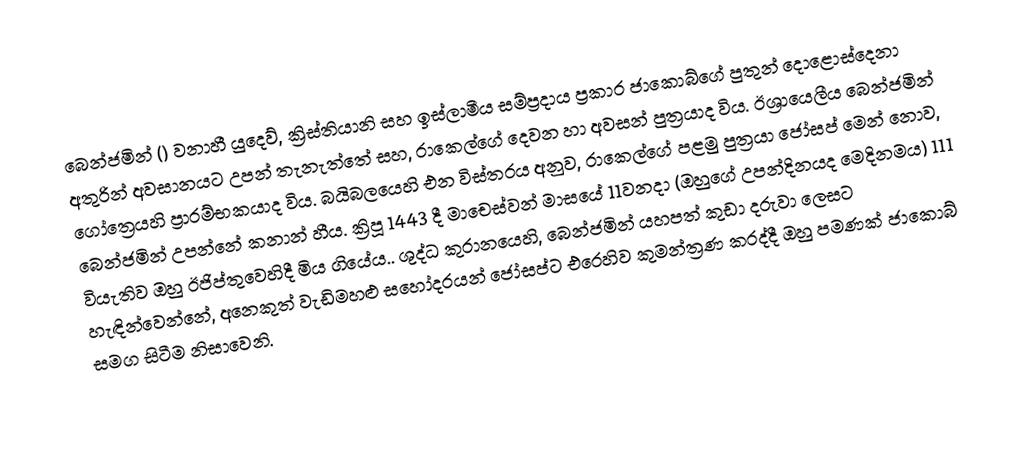
බෙන්ජමින් () වනාහී යුදෙව්, ක්‍රිස්තියානි සහ ඉස්ලාමීය සම්ප්‍රදාය ප්‍රකාර ජාකොබ්ගේ පුතුන් දොළොස්දෙනා අතුරින්  අවසානයට උපන් තැනැත්තේ සහ, රාකෙල්ගේ  දෙවන හා අවසන්  පුත්‍රයාද විය. ඊශ්‍රායෙලීය  බෙන්ජමින් ගෝත්‍රෙයහි ප්‍රාරම්භකයාද විය. බයිබලයෙහි එන විස්තරය අනුව, රාකෙල්ගේ පළමු පුත්‍රයා  ජෝසප් මෙන් නොව, බෙන්ජමින් උපන්නේ කනාන් හීය. ක්‍රිපූ 1443 දී මාචෙස්වන් මාසයේ 11වනදා (ඔහුගේ උපන්දිනයද මෙදිනමය) 111 වියැතිව ඔහු ඊජිප්තුවෙහිදී මිය ගියේය.. ශුද්ධ කුරානයෙහි, බෙන්ජමින් යහපත් කුඩා දරුවා ලෙසට හැඳින්වෙන්නේ, අනෙකුත් වැඩිමහළු සහෝදරයන් ජෝසප්ට එරෙහිව කුමන්ත්‍රණ කරද්දී ඔහු පමණක්  ජාකොබ් සමග සිටීම නිසාවෙනි.